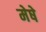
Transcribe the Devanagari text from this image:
मेषे